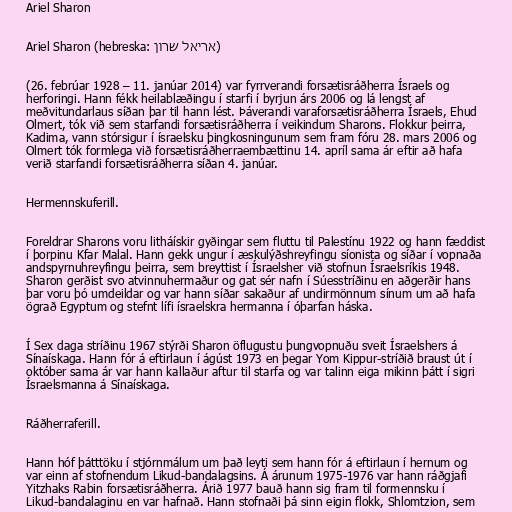
Ariel Sharon

Ariel Sharon (hebreska: אריאל שרון)

(26. febrúar 1928 – 11. janúar 2014) var fyrrverandi forsætisráðherra Ísraels og
herforingi. Hann fékk heilablæðingu í starfi í byrjun árs 2006 og lá lengst af
meðvitundarlaus síðan þar til hann lést. Þáverandi varaforsætisráðherra Ísraels, Ehud
Olmert, tók við sem starfandi forsætisráðherra í veikindum Sharons. Flokkur þeirra,
Kadima, vann stórsigur í ísraelsku þingkosningunum sem fram fóru 28. mars 2006 og
Olmert tók formlega við forsætisráðherraembættinu 14. apríl sama ár eftir að hafa
verið starfandi forsætisráðherra síðan 4. janúar.

Hermennskuferill.

Foreldrar Sharons voru litháískir gyðingar sem fluttu til Palestínu 1922 og hann fæddist
í þorpinu Kfar Malal. Hann gekk ungur í æskulýðshreyfingu síonista og síðar í vopnaða
andspyrnuhreyfingu þeirra, sem breyttist í Ísraelsher við stofnun Ísraelsríkis 1948.
Sharon gerðist svo atvinnuhermaður og gat sér nafn í Súesstríðinu en aðgerðir hans
þar voru þó umdeildar og var hann síðar sakaður af undirmönnum sínum um að hafa
ögrað Egyptum og stefnt lífi ísraelskra hermanna í óþarfan háska.

Í Sex daga stríðinu 1967 stýrði Sharon öflugustu þungvopnuðu sveit Ísraelshers á
Sínaískaga. Hann fór á eftirlaun í ágúst 1973 en þegar Yom Kippur-stríðið braust út í
október sama ár var hann kallaður aftur til starfa og var talinn eiga mikinn þátt í sigri
Ísraelsmanna á Sínaískaga.

Ráðherraferill.

Hann hóf þátttöku í stjórnmálum um það leyti sem hann fór á eftirlaun í hernum og
var einn af stofnendum Likud-bandalagsins. Á árunum 1975-1976 var hann ráðgjafi
Yitzhaks Rabin forsætisráðherra. Árið 1977 bauð hann sig fram til formennsku í
Likud-bandalaginu en var hafnað. Hann stofnaði þá sinn eigin flokk, Shlomtzion, sem